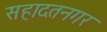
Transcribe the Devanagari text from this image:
सहादतनगर